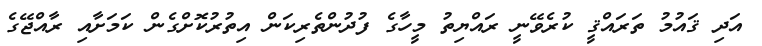
އަދި ޤައުމު ތަރައްޤީ ކުރެވޭނީ ރައްޔިތު މީހާގެ ފުދުންތެރިކަން އިތުރުކޮށްގެން ކަމަށާއި ރާއްޖޭގެ